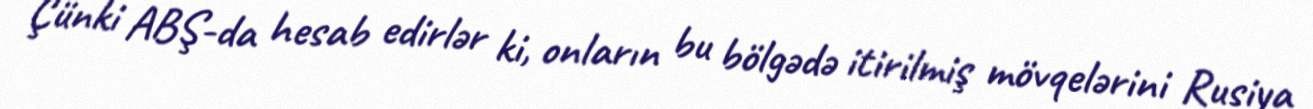
Çünki ABŞ-da hesab edirlər ki, onların bu bölgədə itirilmiş mövqelərini Rusiya